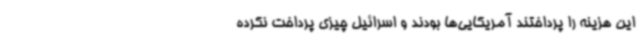
این هزینه را پرداختند آمریکایی‌ها بودند و اسرائیل چیزی پرداخت نکرده